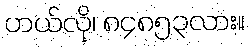
ဟယ်လို၊ ၈၄၈၅၃လား။